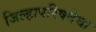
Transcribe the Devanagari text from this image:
जिल्हापरिषदेचा